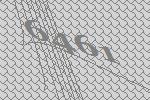
6461